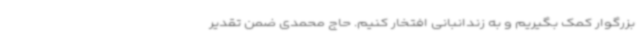
بزرگوار کمک بگیریم و به زندانبانی افتخار ‌کنیم. حاج محمدی ضمن تقدیر